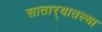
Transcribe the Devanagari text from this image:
सातार्‍यातल्या